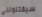
سيقتلونني